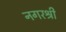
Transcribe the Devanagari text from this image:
नगरश्री